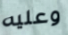
وعليه